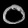
Digit: ၀